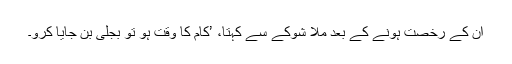
ان کے رخصت ہونے کے بعد ملّا شوکے سے کہتا، ’کام کا وقت ہو تو بجلی بن جایا کرو۔